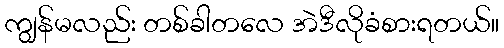
ကျွန်မလည်း တစ်ခါတလေ အဲဒီလိုခံစားရတယ်။